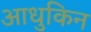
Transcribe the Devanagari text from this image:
आधुकिन